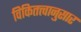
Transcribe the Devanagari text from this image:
विकितत्त्वानुसार